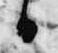
日